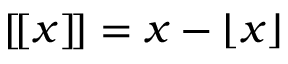
[ \! [ x ] \! ] = x - \left\lfloor x \right\rfloor \!